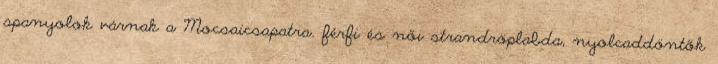
spanyolok várnak a Mocsaicsapatra. férfi és női strandröplabda, nyolcaddöntők